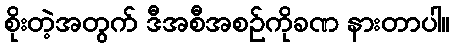
စိုးတဲ့အတွက် ဒီအစီအစဉ်ကိုခဏ နားတာပါ။